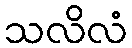
သလိလံ